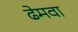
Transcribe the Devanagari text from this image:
ढेमवा